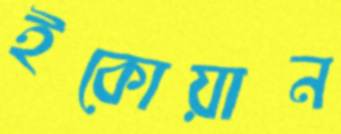
ইকোয়ান